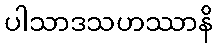
ပါသာဒသဟဿာနိ